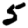
Digit: 5